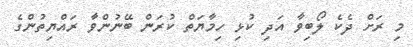
މި ރަށް ދެކެ ލޯބިވާ އަދި ކުޅި ހިމާޔަތް ކުރަން ބޭނުންވާ ރައްޔިތުންގެ